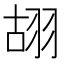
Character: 䎁